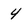
Character: 4